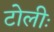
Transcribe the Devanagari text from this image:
टोलीः